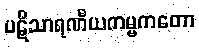
ပဋိသာရဏီယကမ္မကတော